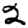
Digit: 2